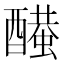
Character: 𨣂